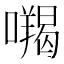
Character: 𭌅